Civil Veterinary Department Bihar reports 1940-50 - 1940-1950
Year: 1940
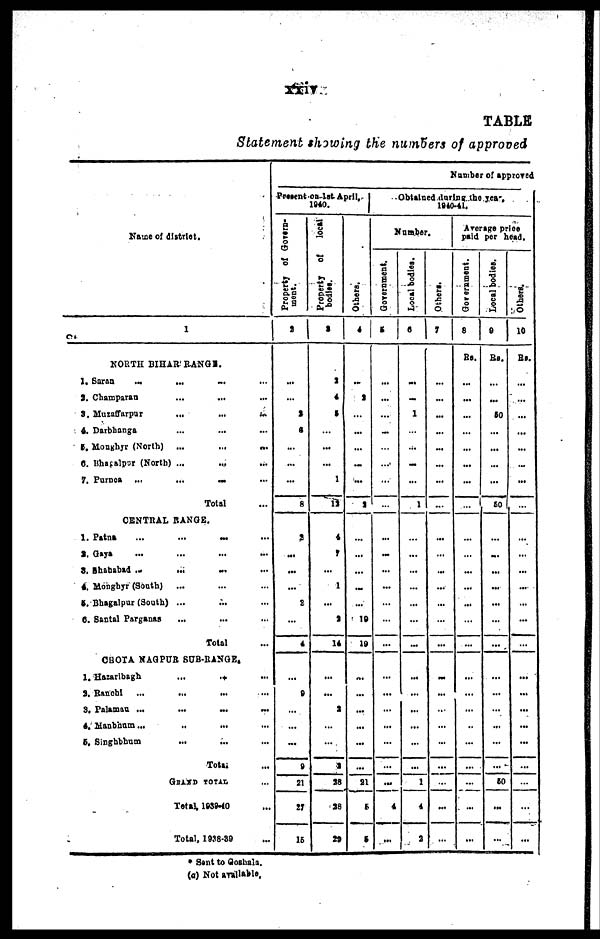
xxir
TABLE
Statement showing the numbers of approved
Name of district.
1
NORTH BIHAR' RANGE.
1. Saran
...
... ...
2. Champaran
...
... ...
3. Muzaffarpur
...
...
...
4. Darbbanga ... ... ...
5. Monghyr (North) ...
...
...
6. Bhasalpur (North) ... ... ...
7. Purnoa ...
...
...
Total ...
CENTRAL RANGE.
1. Patna
...
...
...
2. Gaya ... ... ...
3. Shahabad ... ... ...
4. Mongbyr (South)
... ... ...
5. Bhagalpur (South) ... ... ...
6. Santal Parganaa ... ... ...
Total ...
CHOTA NAGPUR SUB-RANGE,
1. Hazaribagh
... ... ...
2. Ranchi ... ... ...
3. Palaman ...
...
...
4. Manbham... ... ... ...
5. Singhbbum
... ... ...
Total ...
GRAND TOTAL ...
Total. 1939-40 ...
Total. 1938-39 ...
Number of approved
Present on 1st April.
1940.
Property of Govern-
ment.
2
...
...
3
6
...
...
...
8
2
...
...
...
2
...
4
...
9
...
...
...
9
21
27
15
Property of
local
bodies.
3
2
4
9
...
...
...
1
18
4
7
...
1
...
3
14
...
...
2
...
...
1
38
38
29
Others.
4
...
2
...
...
...
...
...
3
...
...
...
...
...
10
19
...
...
...
...
...
...
21
5
5
Obtained during the year
1940-41.
Number.
Government.
5
...
...
...
...
...
...
...
...
...
...
...
...
...
...
...
...
...
...
...
...
...
...
4
...
Local bodies.
6
...
...
1
...
...
...
...
1
...
...
...
...
...
...
...
...
...
...
...
...
...
1
4
3
Others.
7
...
...
...
...
...
...
...
...
...
...
...
...
...
...
...
...
...
...
...
...
...
...
...
...
Average price
paid per head.
Got eminent.
8
Rs.
...
...
...
...
...
...
...
...
...
...
...
...
...
...
...
...
...
...
..
...
...
...
...
...
Local bodies.
9
Rs.
...
...
50
...
...
...
...
80
...
...
...
...
...
...
...
...
...
...
...
...
...
60
...
...
Others.
10
Rs.
...
...
...
...
...
...
...
...
...
...
...
...
...
...
...
...
...
...
...
...
...
...
...
...
* Sent to Cashala.
(a) Not available